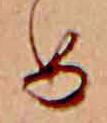
め